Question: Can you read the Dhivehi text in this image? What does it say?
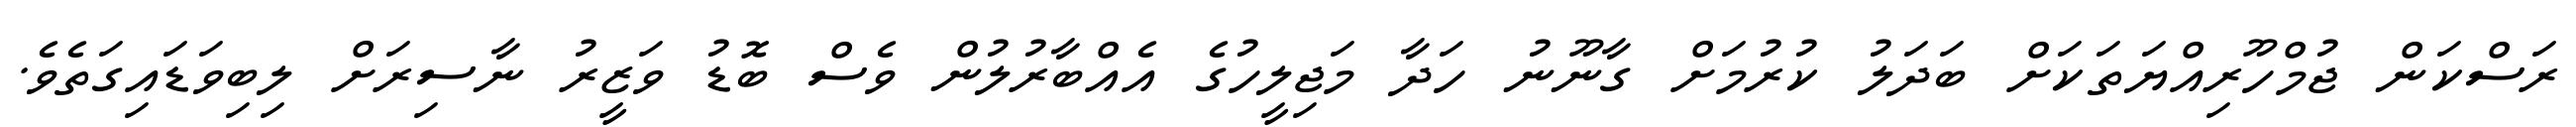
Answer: ރަސްކަން ޖުމްހޫރިއްޔަތަކަށް ބަދަލު ކުރުމަށް ގާނޫނު ހަދާ މަޖިލީހުގެ އެއްބާރުލުން ވެސް ބޮޑު ވަޒީރު ނާސިރަށް ލިބިވަޑައިގަތެވެ.